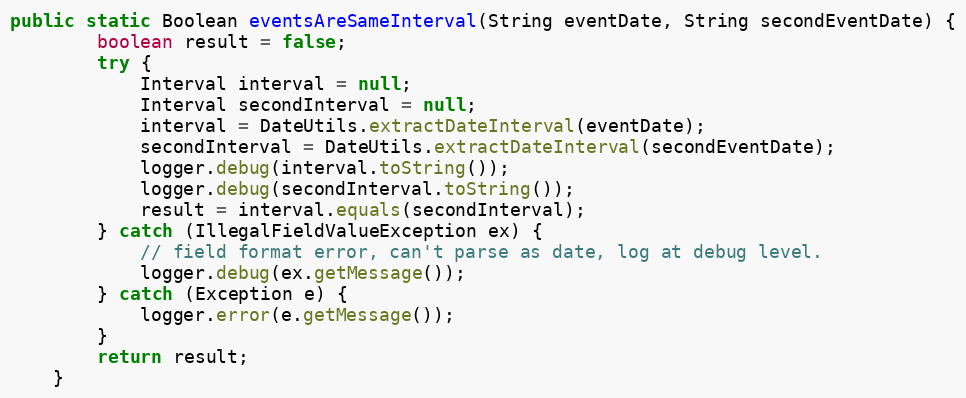
Language: Java
public static Boolean eventsAreSameInterval(String eventDate, String secondEventDate) {
		boolean result = false;
		try {
			Interval interval = null;
			Interval secondInterval = null;
            interval = DateUtils.extractDateInterval(eventDate);
            secondInterval = DateUtils.extractDateInterval(secondEventDate);
			logger.debug(interval.toString());
			logger.debug(secondInterval.toString());
            result = interval.equals(secondInterval);
		} catch (IllegalFieldValueException ex) {
			// field format error, can't parse as date, log at debug level.
			logger.debug(ex.getMessage());
		} catch (Exception e) {
			logger.error(e.getMessage());
		}
        return result;
	}